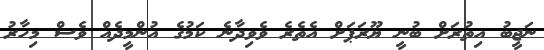
ނަޖީބު އިތުރަށް ބުނީ ޔޫރަޕަށް އެތެރެ ވެވިދާނެ ކަމުގެ އުންމީދެއް ވެސް މިހާރު